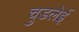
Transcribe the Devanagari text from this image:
चुडलेई